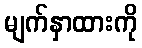
မျက်နှာထားကို